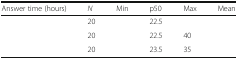
<table><thead><tr><td><b>Answer time (hours)</b></td><td><b><i>N</i></b></td><td><b>Min</b></td><td><b>p50</b></td><td><b>Max</b></td><td><b>Mean</b></td></tr></thead><tbody><tr><td>[EMPTY_CELL]</td><td>20</td><td>[EMPTY_CELL]</td><td>22.5</td><td>[EMPTY_CELL]</td><td>[EMPTY_CELL]</td></tr><tr><td>[EMPTY_CELL]</td><td>20</td><td>[EMPTY_CELL]</td><td>22.5</td><td>40</td><td>[EMPTY_CELL]</td></tr><tr><td>[EMPTY_CELL]</td><td>20</td><td>[EMPTY_CELL]</td><td>23.5</td><td>35</td><td>[EMPTY_CELL]</td></tr></tbody></table>